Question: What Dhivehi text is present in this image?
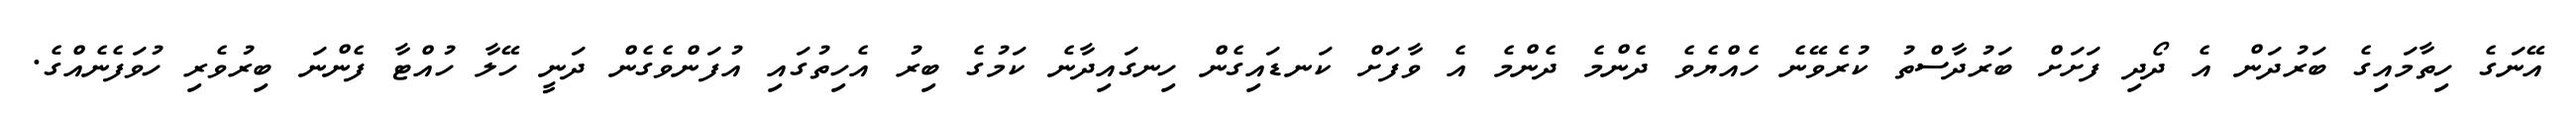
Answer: އޭނަގެ ހިތާމައިގެ ބަރުދަން އެ ދޯދި ފަށަށް ބަރުދާސްތު ކުރެވޭނެ ހެއްޔެވެ ދެންމެ ދެންމެ އެ ވާފަށް ކަނޑައިގެން ހިނގައިދާނެ ކަމުގެ ބިރު އެހިތުގައި އުފަންވެގެން ދަނީ ހޭލާ ހުއްޓާ ފެންނަ ބިރުވެރި ހުވަފެނެއްގެ.